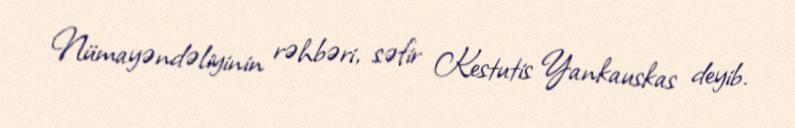
Nümayəndəliyinin rəhbəri, səfir Kestutis Yankauskas deyib.